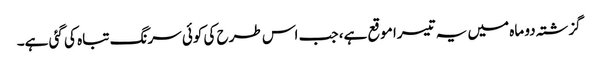
گزشتہ دو ماہ میں یہ تیسرا موقع ہے، جب اس طرح کی کوئی سرنگ تباہ کی گئی ہے۔